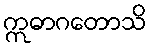
ဣဓာဂတောသိ